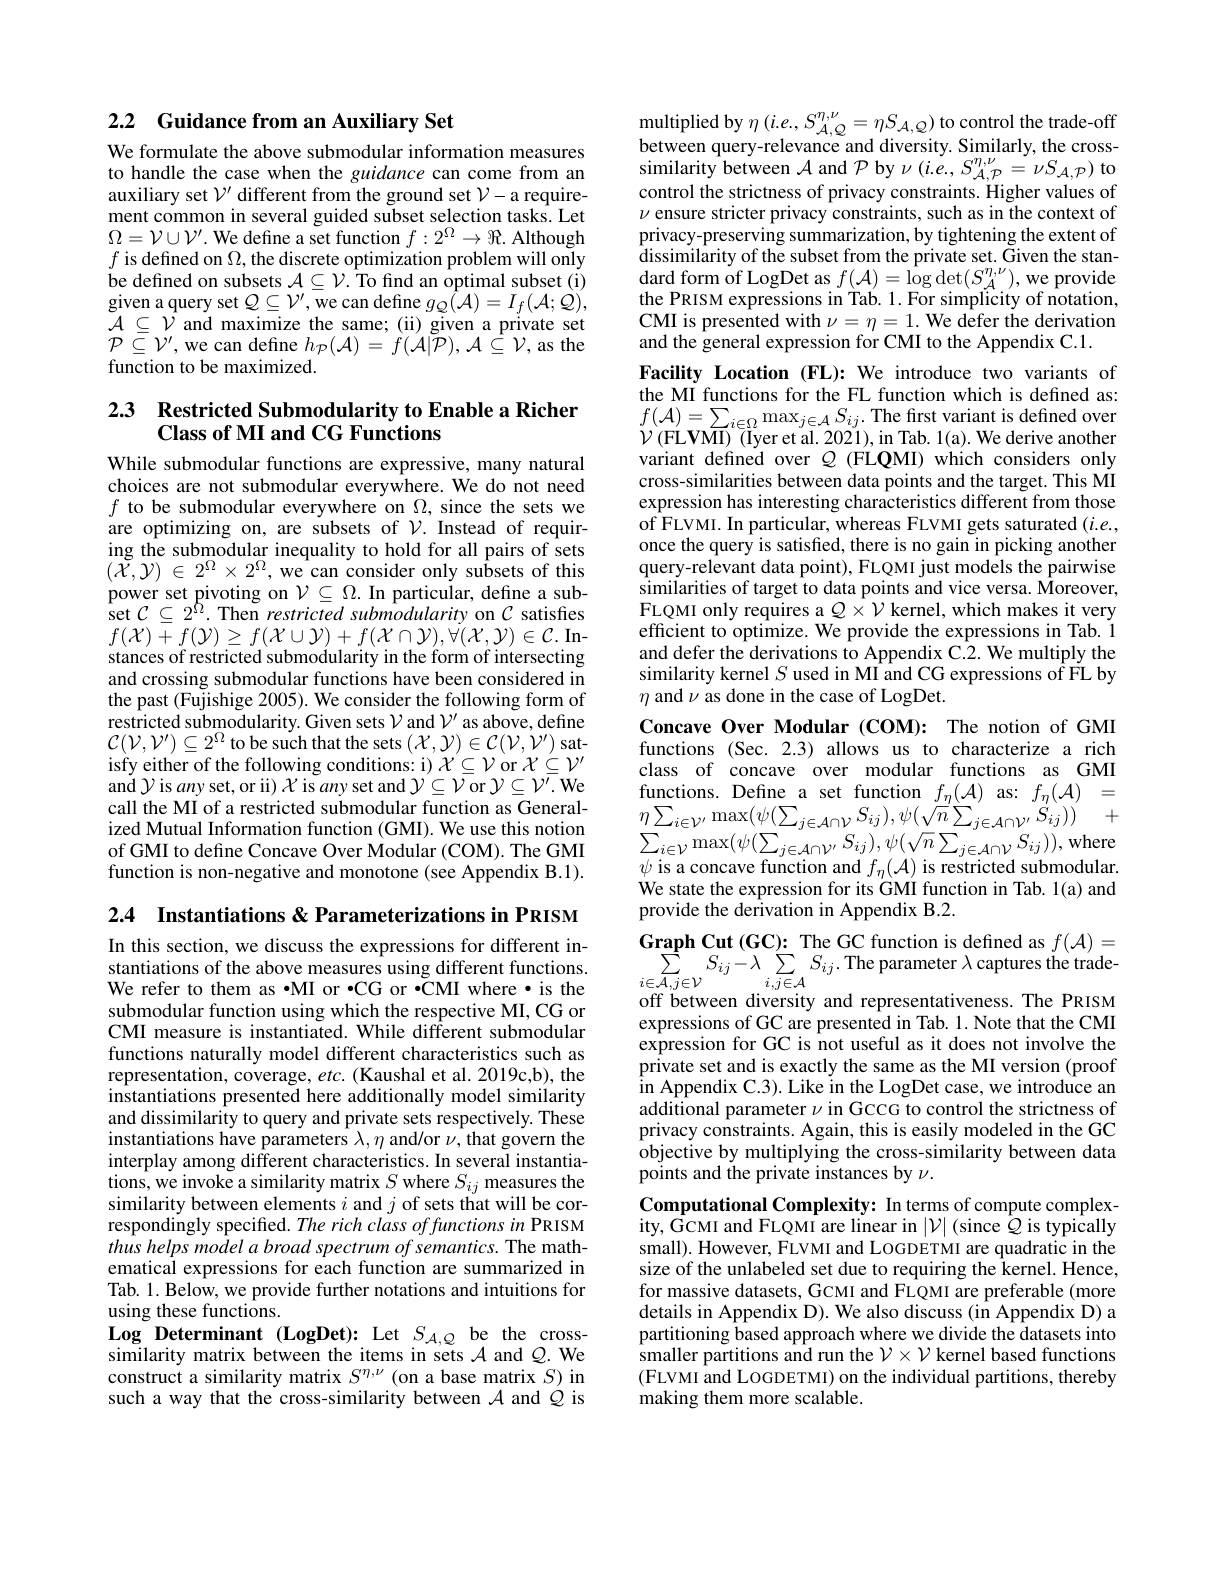
2.2 Guidance from an Auxiliary Set

We formulate the above submodular information measures to handle the case when the guidance can come from an auxiliary set $\mathcal{V}^\prime$ different from the ground set $\mathcal{V}-$ a requirement common in several guided subset selection tasks. Let $\Omega=\mathcal{V}\cup\mathcal{V}^{\prime}.$ We define a set function $f:2^\Omega\to\Re.$ Although $f$ is defined on $\Omega$,the discrete optimization problem will only be defined on subsets $\mathcal{A}\subseteq\mathcal{V}.$ To find an optimal subset (i) $\begin{array}{l}{\text{given a query set }\mathcal{Q}\subseteq\mathcal{V}^{\prime},\text{we can define }g_{Q}(\mathcal{A})=I_{f}(\mathcal{A};\mathcal{Q}),}\\{\mathcal{A}\subseteq\mathcal{V}\mathrm{~and~maximize~the~same;~(ii)~given~a~private~set}}\end{array}$ $\mathcal{P}\subseteq\mathcal{V}^{\prime}$,we can define $h_\mathcal{P}(\mathcal{A})=f(\mathcal{A}|\tilde{\mathcal{P}}),\mathcal{A}\subseteq\mathcal{V}$, as the function to be maximized.

# 2.3 Restricted Submodularity to Enable a Richer $\textbf{Class of MI and CG Functions}$

While submodular functions are expressive, many natural choices are not submodular everywhere. We do not need $f$ to be submodular everywhere on $\Omega$, since the sets we are optimizing on, are subsets of $\mathcal{V}.$ Instead of requiring the submodular inequality to hold for all pairs of sets $( \tilde{\mathcal{X} } , \mathcal{Y} )$ $\in$ $2^{\Omega }\times$ $2^{\Omega }$, we can consider only subsets of this $\begin{array}{l}\text{power set pivoting on }\mathcal{V}\subseteq\Omega.\text{ In particular, define a sub-}\\\text{set }\mathcal{C}\subseteq2^{\Omega}.\text{ Then }restricted\text{ submodularity on }\mathcal{C}\mathrm{~satisfies}\end{array}$ $f(\mathcal{X})+f(\mathcal{Y})\geq f(\mathcal{X}\cup\mathcal{Y})+f(\mathcal{X}\cap\mathcal{Y}),\dot{\forall}(\mathcal{X},\mathcal{Y})\in\mathcal{C}.$Instances of restricted submodularity in the form of intersecting and crossing submodular functions have been considered in the past (Fujishige 2005). We consider the following form of restricted submodularity. Given sets $\mathcal{V}$ and $\mathcal{V}^\prime$ as above, define $\mathcal{C}(\mathcal{V},\mathcal{V}^{\prime})\subseteq2^{\Omega}$to be such that the sets $(\mathcal{X},\mathcal{Y})\in\mathcal{C}(\mathcal{V},\dot{\mathcal{V}}^{\prime})$ satisfy either of the following conditions: i) $\mathcal{X}\subseteq\mathcal{V}$ or $\mathcal{X}\subseteq\mathcal{V}^\prime$ and $\mathcal{Y}$is any set, or ii) $\mathcal{X}$ is any set and $\mathcal{Y}\subseteq\mathcal{V}$ or $\mathcal{Y}\subseteq\mathcal{V}^\prime.$ We call the MI of a restricted submodular function as Generalized Mutual Information function (GMI). We use this notion of GMI to define Concave Over Modular (COM). The GMI function is non-negative and monotone (see Appendix B.1).

2.4 Instantiations &Parameterizations in PRISM

In this section, we discuss the expressions for different instantiations of the above measures using different functions. We refer to them as •MI or •CG or •ČMI where·is the submodular function using which the respective MI, CG or CMI measure is instantiated. While different submodular functions naturally model different characteristics such as representation, coverage, $etc.$ (Kaushal et al. 2019c,b), the instantiations presented here additionally model similarity and dissimilarity to query and private sets respectively. These instantiations have parameters $\lambda,\eta$ and/or $\nu$,that govern the interplay among different characteristics. In several instantiations, we invoke a similarity matrix $S$ where $S_ij$ measures the similarity between elements $i$ and $j$ of sets that will be correspondingly specified. The rich class offunctions in PRISM thus helps model a broad spectrum of semantics. The mathematical expressions for each function are summarized in Tab. 1. Below, we provide further notations and intuitions for using these functions.
Log Determinant (LogDet): Let $S_{\mathcal{A},Q}$ be the crosssimilarity matrix between the items in sets $\mathcal{A}$ and $\mathcal{Q}.$ We construct a similarity matrix $S^{\eta,\nu}$ (on a base matrix $S)$ in such a way that the cross-similarity between $\mathcal{A}$ and $\dot{Q}$ is

${\mathrm{multiplied~by~}\eta\left(i.e.,S_{\mathcal{A},Q}^{\eta,\nu}=\eta S_{\mathcal{A},Q}\right)}$to control the trade-off between query-relevance and diversity. Similarly, the cross- $s$imilarity between $\mathcal{A}$ and $\mathcal{P}$ by $\nu(i.e.,S_{\mathcal{A},\mathcal{P}}^{\eta,\nu}=\nu S_{\mathcal{A},\mathcal{P}})$ to control the strictness of privacy constraints. Higher values of $\nu$ ensure stricter privacy constraints, such as in the context of privacy-preserving summarization, by tightening the extent of dissimilarity of the subset from the private set. Given the stan- $\operatorname*{dard}$form of LogDet as $f(\mathcal{A})=\operatorname{log}\operatorname*{det}(S_{\mathcal{A}}^{\eta,\nu})$,we provide the PRISM expressions in Tab. 1.For simplicity of notation, CMI is presented with $\nu=\eta=1.$ We defer the derivation and the general expression for CMI to the Appendix C.1.

Facility Location (FL): We introduce two variants of the MI functions for the FL function which is defined as: $\begin{array}{l}{f(\mathcal{A})=\sum_{i\in\Omega}\max_{j\in\mathcal{A}}S_{ij}.\text{The first variant is defined over}}\\{\mathcal{V}(\mathrm{FLVMI})~(\mathrm{Iyer~et~al.~2021}),\mathrm{in~Tab.~1(a).~We~derive~another}}\end{array}$ variant defined over $Q$ (FLQMI) which considers only cross-similarities between data points and the target. This MI expression has interesting characteristics different from those of FLVMI. In particular, whereas FLVMI gets saturated ( i. e. , once the query is satisfied, there is no gain in picking another query-relevant data point), FLQMI just models the pairwise similarities of target to data points and vice versa. Moreover, FLQMI only requires a $Q\times\mathcal{V}$ kernel, which makes it very efficient to optimize. We provide the expressions in Tab. 1 and defer the derivations to Appendix C.2. We multiply the similarity kernel $S$ used in MI and CG expressions of FL by $\eta$ and $\nu$ as done in the case of LogDet.
Concave Over Modular (COM): The notion of GMI functions (Sec. 2.3) allows us to characterize a rich class of concave over modular functions as GMI $\operatorname* { functions. } \underset {{\mathrm{C} }}{\operatorname* { \operatorname* { \operatorname* { \text{Define a set function}} } } }f_{\eta }( \mathcal{A} )$as:$f_{\eta}(\mathcal{A})=$ $\eta \sum _{i\in \mathcal{V} ^{\prime }}\max ( \psi ( \sum _{j\in \mathcal{A} \cap \mathcal{V} }S_{ij}) , \psi ( \sqrt {n}\sum _{j\in \mathcal{A} \cap \mathcal{V} ^{\prime }}S_{ij}) )$ $+ \sum _{i\in \mathcal{V} }\max ( \psi ( \sum _{j\in \mathcal{A} \cap \mathcal{V} ^{\prime }}S_{ij}) , \psi ( \sqrt {n}\sum _{j\in \mathcal{A} \cap \mathcal{V} }S_{ij}) ) $,where $\psi$ is a concave function and $f_\eta(\mathcal{A})$ is restricted submodular. We state the expression for its GMI function in Tab. 1(a) and provide the derivation in Appendix B.2.
$\begin{array}{c}{\mathbf{Graph~Cut~(GC):~The~GC~function~is~defined~as~}f(\mathcal{A})=}\\{\sum S_{ij}-\lambda~\sum~S_{ij}.~\mathrm{The~parameter~}\lambda~\mathrm{captures~the~trade-}}\end{array}$
$i\in\widetilde{\mathcal{A},j}\in\mathcal{V}$
$i,\overline{j\in\mathcal{A}}$
off between diversity and representativeness. The PRISM expressions of GC are presented in Tab. 1. Note that the CMI expression for GC is not useful as it does not involve the private set and is exactly the same as the MI version (proof $\hat{\text{in Appendix C.3). Like in the LogDet case, we introduce an}}$ additional parameter $\nu$ in GCCG to control the strictness of privacy constraints. Again, this is easily modeled in the GC objective by multiplying the cross-similarity between data points and the private instances by $\nu.$
Computational Complexity: In terms of compute complexity, GCMI and FLQMI are linear in $|\mathcal{V}|$ (since $\hat{Q}$ is typically small). However, FLVMI and LOGDETMI are quadratic in the size of the unlabeled set due to requiring the kernel. Hence, for massive datasets, GCMI and FLQMI are preferable (more details in Appendix D). We also discuss (in Appendix D) a partitioning based approach where we divide the datasets into smaller partitions and run the $\mathcal{V}\times\mathcal{V}$ kernel based functions (FLVMI and LOGDETMI) on the individual partitions, thereby making them more scalable.